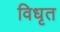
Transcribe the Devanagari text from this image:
विधृत